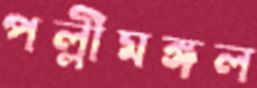
পল্লীমঙ্গল